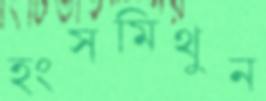
হংসমিথুন